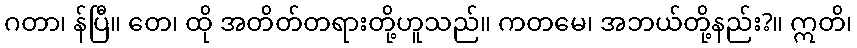
ဂတာ၊ န်ပြီ။ တေ၊ ထို အတိတ်တရားတို့ဟူသည်။ ကတမေ၊ အဘယ်တို့နည်း?။ ဣတိ၊